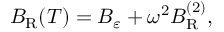
B _ { \mathrm { R } } ( T ) = B _ { \varepsilon } + \omega ^ { 2 } B _ { \mathrm { R } } ^ { ( 2 ) } ,